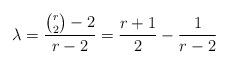
LaTeX: \begin{align*} \lambda = \frac{\binom{r}{2}-2}{r-2} = \frac{r+1}{2} - \frac{1}{r-2}\end{align*}